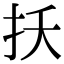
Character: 扷